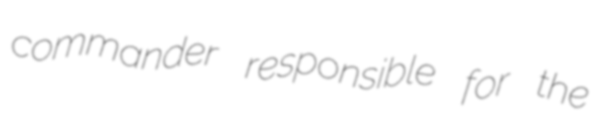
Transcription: commander responsible for the